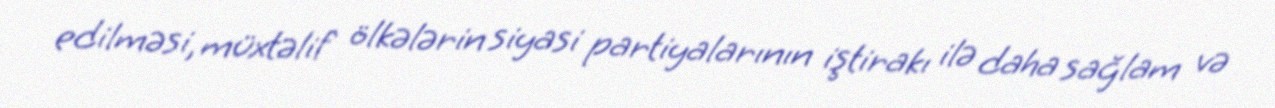
edilməsi, müxtəlif ölkələrin siyasi partiyalarının iştirakı ilə daha sağlam və